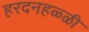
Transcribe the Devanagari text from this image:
हरदनहळ्ळी